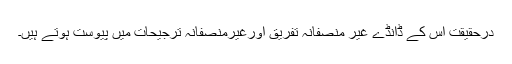
درحقیقت اِس کے ڈانڈے غیر منصفانہ تفریق اورغیرمنصفانہ ترجیحات میں پیوست ہوتے ہیں۔